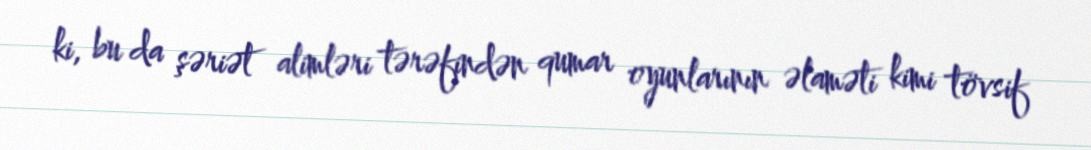
ki, bu da şəriət alimləri tərəfindən qumar oyunlarının əlaməti kimi tövsif